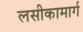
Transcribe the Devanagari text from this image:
लसीकामार्ग